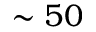
\sim 5 0